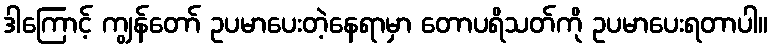
ဒါကြောင့် ကျွန်တော် ဥပမာပေးတဲ့နေရာမှာ တောပရိသတ်ကို ဥပမာပေးရတာပါ။